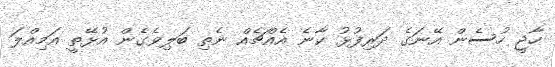
ހާޖީ ހުސެން އޭނަގެ ދަރިފުޅު ކާނެ އެއްޗެއް ނެތި ބަލިވެގެން އުޅޭތީ އަމިއްލަ